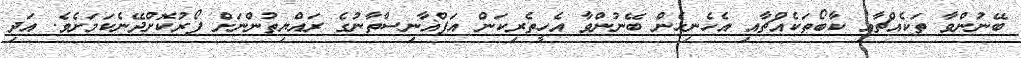
ބޭނުންވާ ތަކެއްޗާއި ކާބޯތަކެއްޗާއި އެހެނިހެން ބޭނުންވާ އެހީތެރިކަން އަފްޣާނިސްތާނުގެ ރައްޔިތުންނަށް ފޯރުކޮށްދޭނެކަމަށެވެ. އަދި